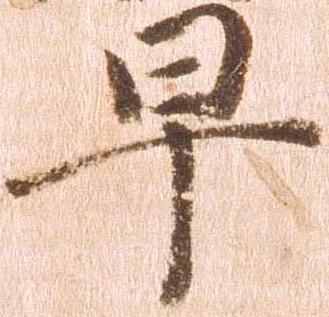
早